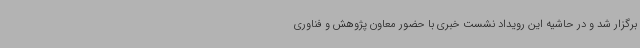
برگزار شد و در حاشیه این رویداد نشست خبری با حضور معاون پژوهش و فناوری